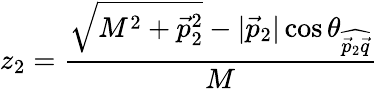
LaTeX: z_{2}=\frac{\sqrt{M^{2}+\vec{p}_{2}^{2}}-|\vec{p}_{2}|\cos\theta_{\widehat{\vec{p}_{2}\vec{q}}}}{M}